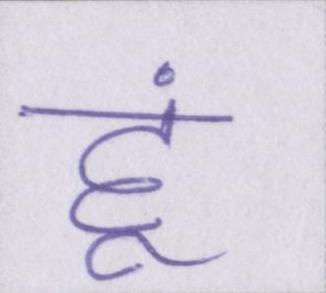
हूं